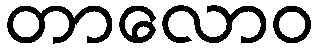
တာလောဝ